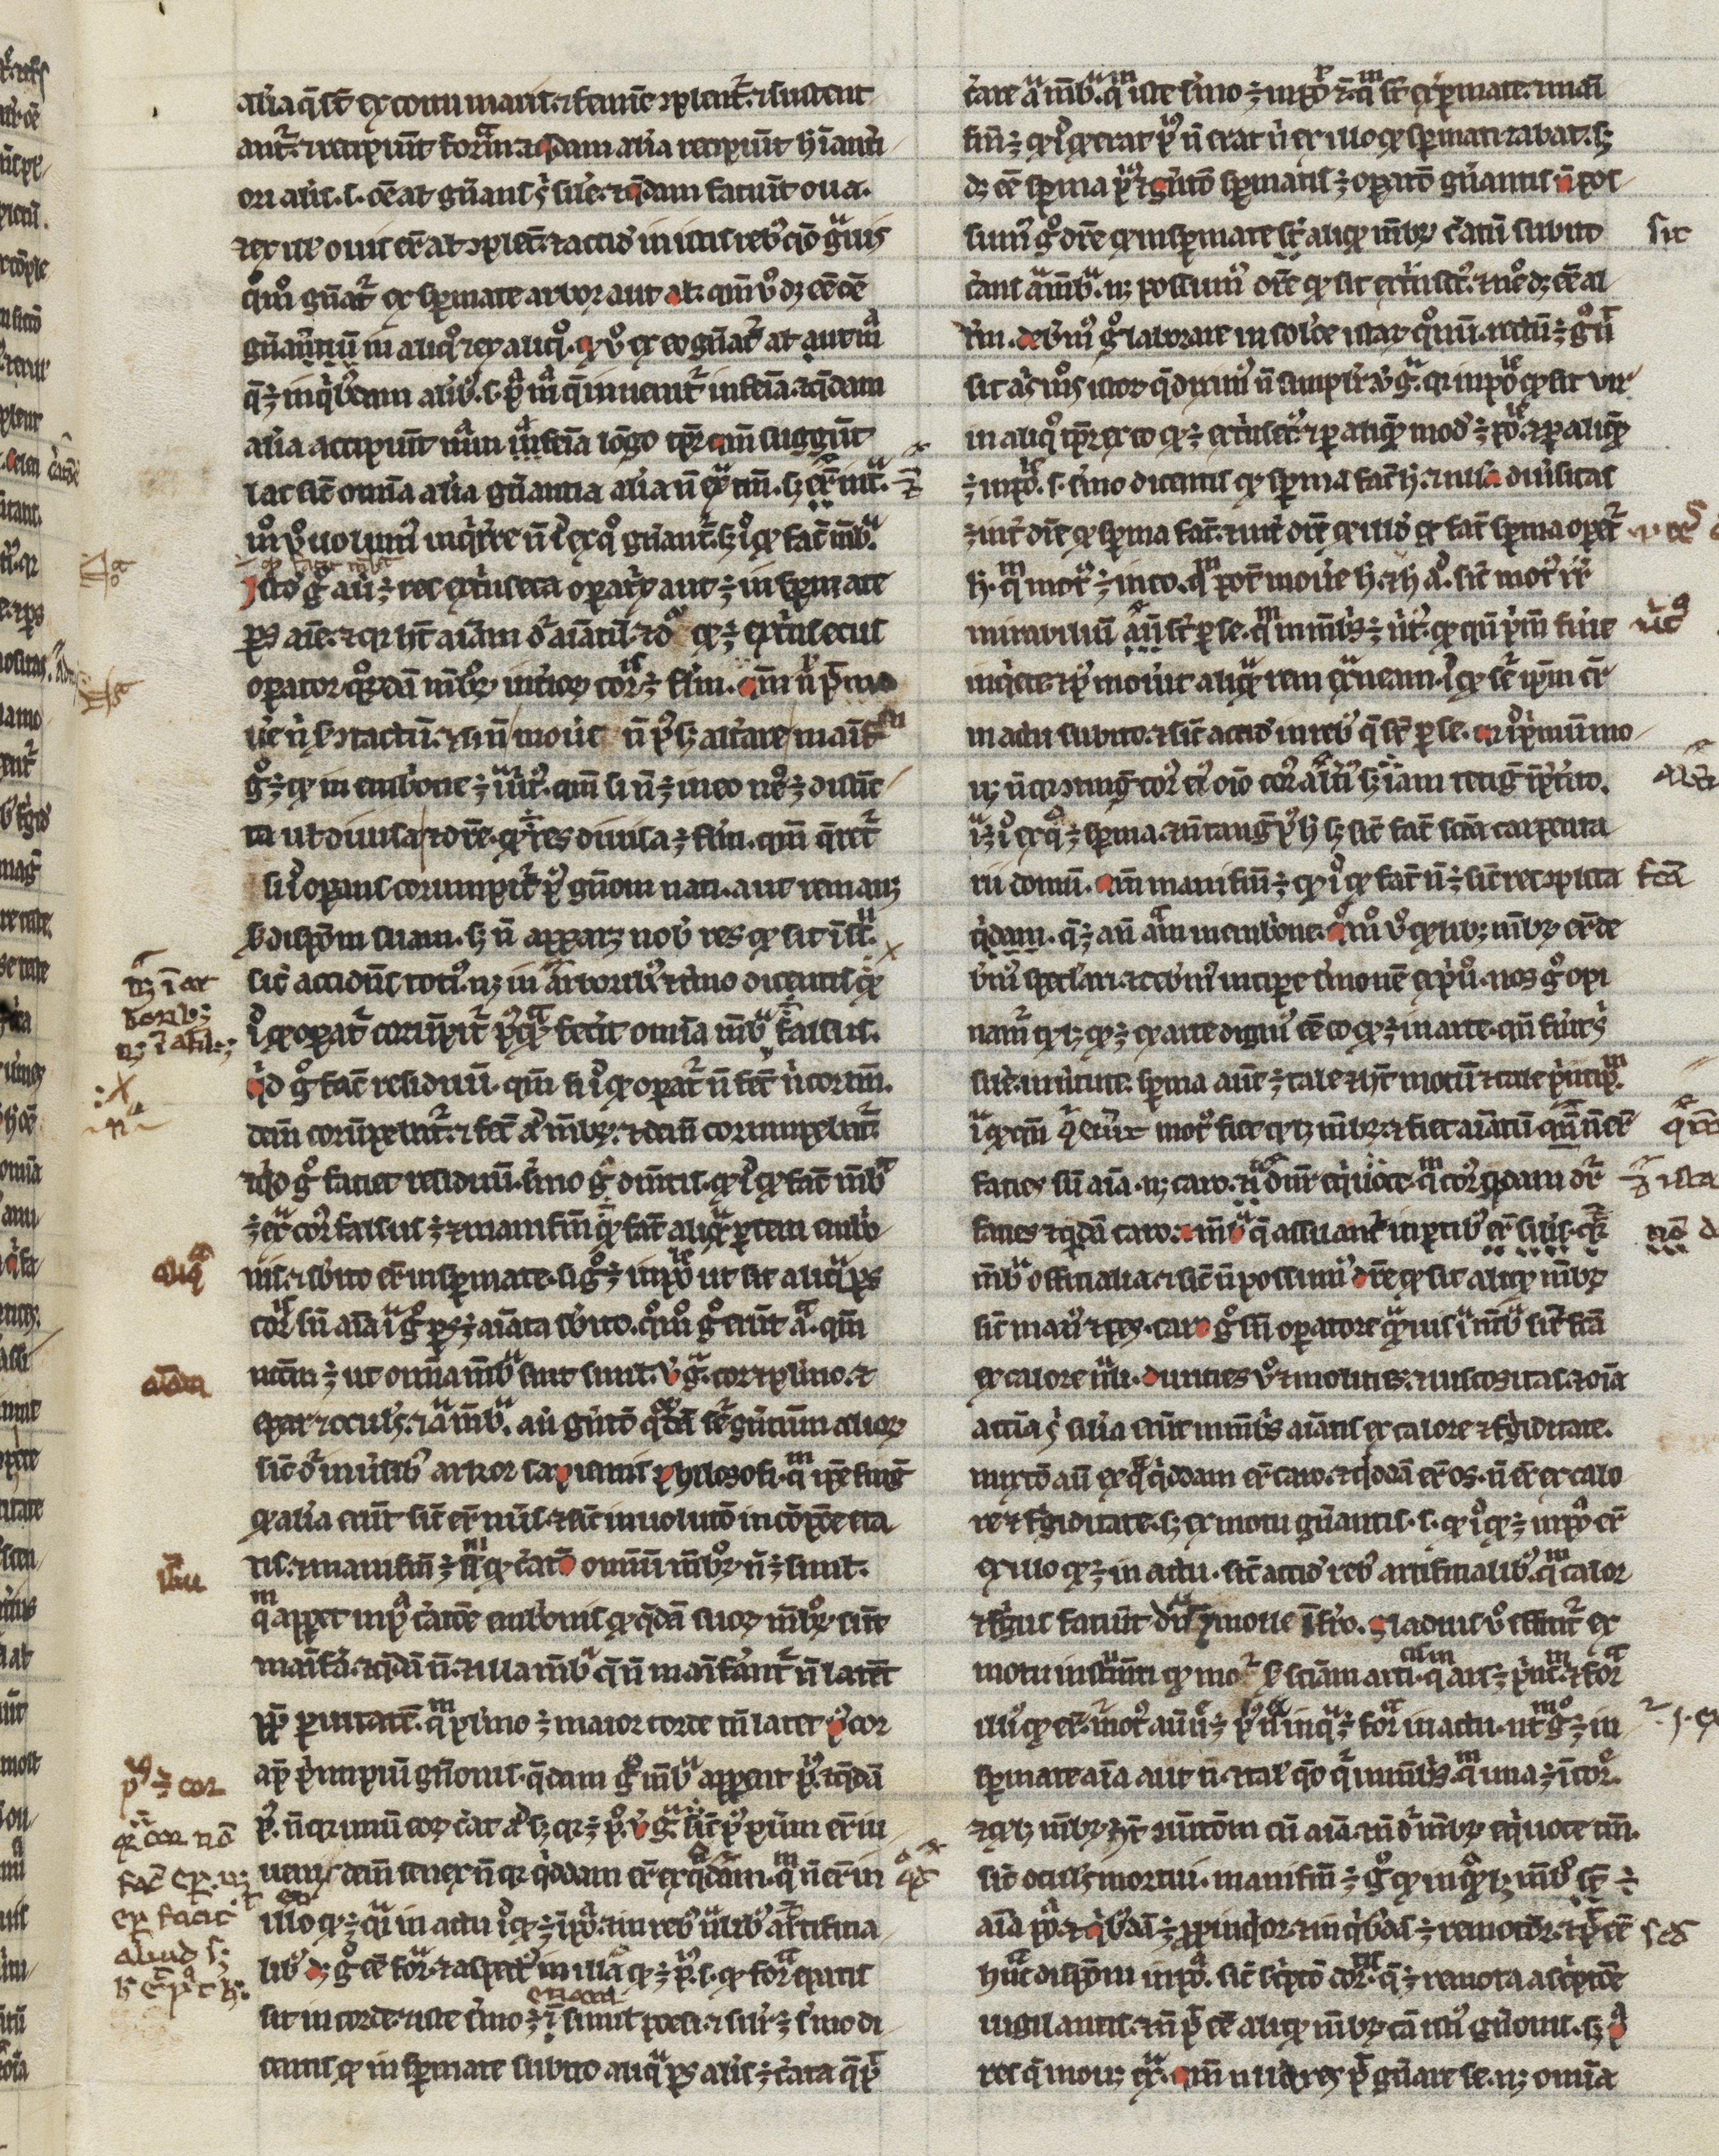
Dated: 1200–1299